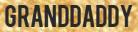
GRANDDADDY